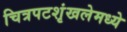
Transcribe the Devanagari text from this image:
चित्रपटशृंखलेमध्ये